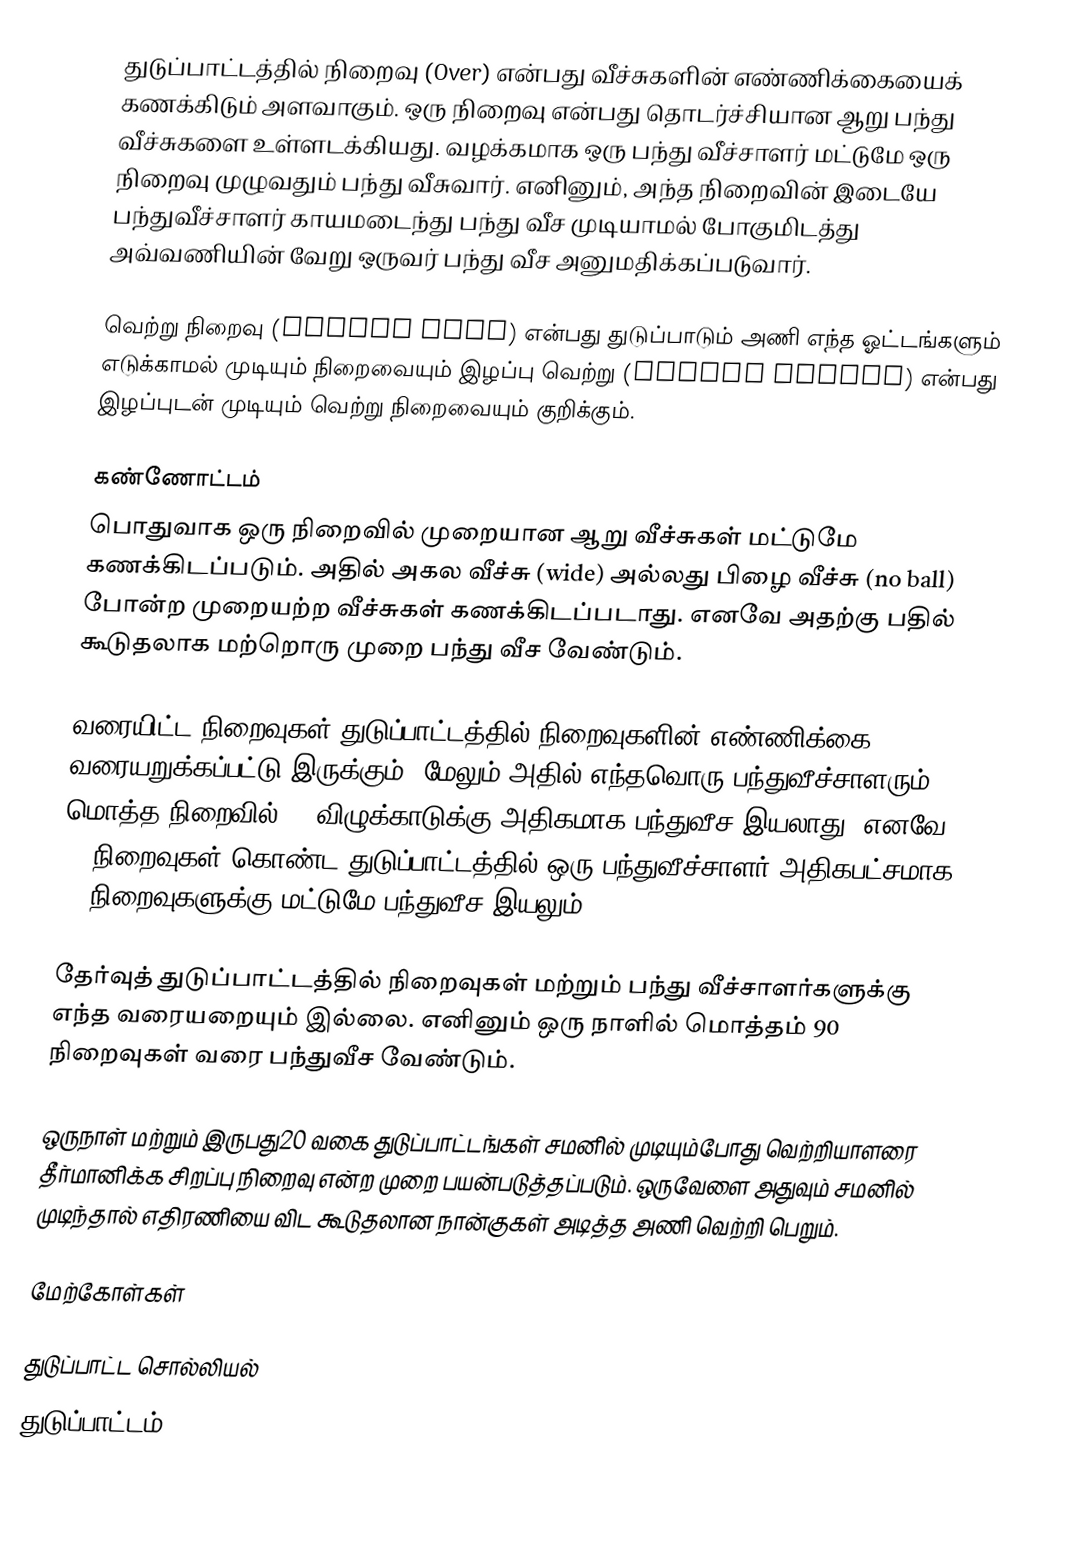
துடுப்பாட்டத்தில் நிறைவு (Over) என்பது வீச்சுகளின் எண்ணிக்கையைக் கணக்கிடும் அளவாகும். ஒரு நிறைவு என்பது தொடர்ச்சியான ஆறு பந்து வீச்சுகளை உள்ளடக்கியது. வழக்கமாக ஒரு பந்து வீச்சாளர் மட்டுமே ஒரு நிறைவு  முழுவதும் பந்து வீசுவார். எனினும், அந்த நிறைவின் இடையே பந்துவீச்சாளர் காயமடைந்து பந்து வீச முடியாமல் போகுமிடத்து அவ்வணியின் வேறு ஒருவர் பந்து வீச அனுமதிக்கப்படுவார்.

வெற்று நிறைவு (maiden over) என்பது துடுப்பாடும் அணி எந்த ஓட்டங்களும் எடுக்காமல் முடியும் நிறைவையும் இழப்பு வெற்று (wicket maiden) என்பது இழப்புடன் முடியும் வெற்று நிறைவையும் குறிக்கும்.

கண்ணோட்டம்
பொதுவாக ஒரு நிறைவில் முறையான ஆறு வீச்சுகள் மட்டுமே கணக்கிடப்படும். அதில் அகல வீச்சு (wide) அல்லது பிழை வீச்சு (no ball) போன்ற முறையற்ற வீச்சுகள் கணக்கிடப்படாது. எனவே அதற்கு பதில் கூடுதலாக மற்றொரு முறை பந்து வீச வேண்டும்.

வரையிட்ட நிறைவுகள் துடுப்பாட்டத்தில் நிறைவுகளின் எண்ணிக்கை வரையறுக்கப்பட்டு இருக்கும். மேலும் அதில் எந்தவொரு பந்துவீச்சாளரும் மொத்த நிறைவில் 20 விழுக்காடுக்கு அதிகமாக பந்துவீச இயலாது. எனவே 50 நிறைவுகள் கொண்ட துடுப்பாட்டத்தில் ஒரு பந்துவீச்சாளர் அதிகபட்சமாக 10 நிறைவுகளுக்கு மட்டுமே பந்துவீச இயலும்.

தேர்வுத் துடுப்பாட்டத்தில் நிறைவுகள் மற்றும் பந்து வீச்சாளர்களுக்கு எந்த வரையறையும் இல்லை. எனினும் ஒரு நாளில் மொத்தம் 90 நிறைவுகள் வரை பந்துவீச வேண்டும்.

ஒருநாள் மற்றும் இருபது20 வகை துடுப்பாட்டங்கள் சமனில் முடியும்போது வெற்றியாளரை தீர்மானிக்க சிறப்பு நிறைவு என்ற முறை பயன்படுத்தப்படும். ஒருவேளை அதுவும் சமனில் முடிந்தால் எதிரணியை விட கூடுதலான நான்குகள் அடித்த அணி வெற்றி பெறும்.

மேற்கோள்கள்

துடுப்பாட்ட சொல்லியல்
துடுப்பாட்டம்